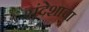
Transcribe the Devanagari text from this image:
संदेशाचा